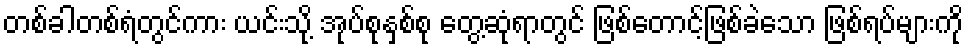
တစ်ခါတစ်ရံတွင်ကား ယင်းသို့ အုပ်စုနှစ်စု တွေ့ဆုံရာတွင် ဖြစ်တောင့်ဖြစ်ခဲသော ဖြစ်ရပ်များကို